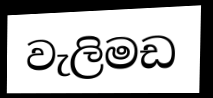
වැලිමඩ